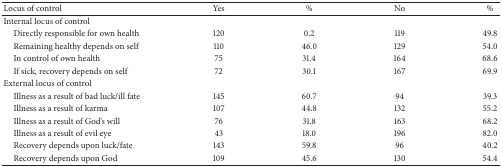
<table><thead><tr><td><b>Locus of control</b></td><td><b>Yes</b></td><td><b> %</b></td><td><b>No</b></td><td><b>%</b></td></tr></thead><tbody><tr><td>Internal locus of control</td><td> </td><td> </td><td> </td><td> </td></tr><tr><td> Directly responsible for own health</td><td>120</td><td>0.2</td><td>119</td><td>49.8</td></tr><tr><td> Remaining healthy depends on self</td><td>110</td><td>46.0</td><td>129</td><td>54.0</td></tr><tr><td> In control of own health</td><td>75</td><td>31.4</td><td>164</td><td>68.6</td></tr><tr><td> If sick, recovery depends on self </td><td>72</td><td>30.1</td><td>167</td><td>69.9</td></tr><tr><td>External locus of control</td><td> </td><td> </td><td> </td><td> </td></tr><tr><td> Illness as a result of bad luck/ill fate</td><td>145</td><td>60.7</td><td>94</td><td>39.3</td></tr><tr><td> Illness as a result of karma</td><td>107</td><td>44.8</td><td>132</td><td>55.2</td></tr><tr><td> Illness as a result of God&#x27;s will</td><td>76</td><td>31.8</td><td>163</td><td>68.2</td></tr><tr><td> Illness as a result of evil eye</td><td>43</td><td>18.0</td><td>196</td><td>82.0</td></tr><tr><td> Recovery depends upon luck/fate</td><td>143</td><td>59.8</td><td>96</td><td>40.2</td></tr><tr><td> Recovery depends upon God</td><td>109</td><td>45.6</td><td>130</td><td>54.4</td></tr></tbody></table>